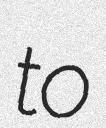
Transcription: to